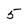
Character: 5